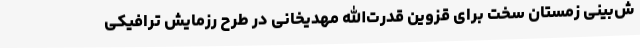
ش‌بینی زمستان سخت برای قزوین قدرت‌الله مهدیخانی در طرح رزمایش ترافیکی